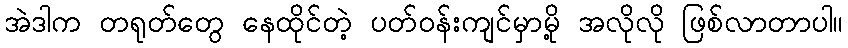
အဲဒါက တရုတ်တွေ နေထိုင်တဲ့ ပတ်ဝန်းကျင်မှာမို့ အလိုလို ဖြစ်လာတာပါ။